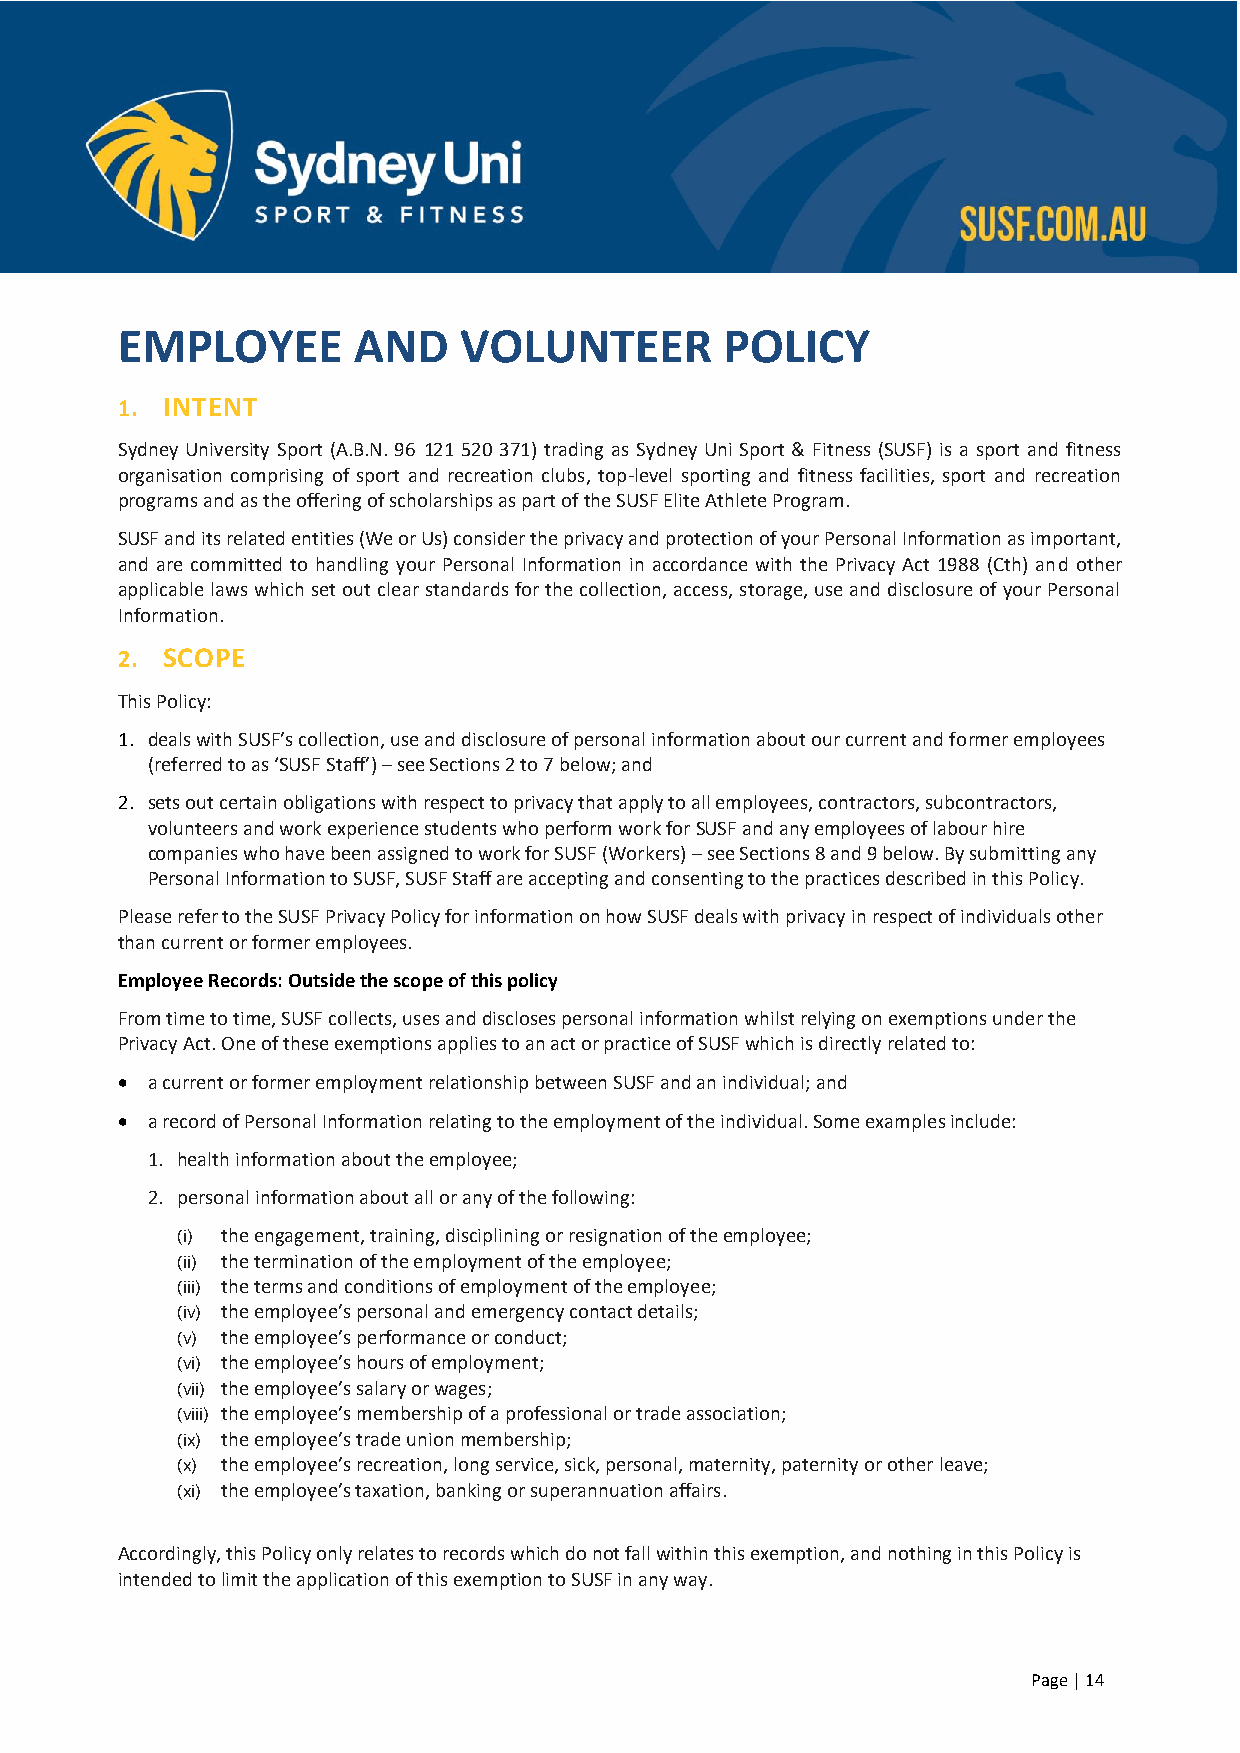
EMPLOYEE       AND    VOLUNTEER         POLICY
 1. INTENT
 Sydney University Sport (A.B.N. 96 121 520 371) trading as Sydney Uni Sport & Fitness (SUSF) is a sport and fitness
 organisation comprising of sport and recreation clubs, top-level sporting and fitness facilities, sport and recreation
 programs and as the offering of scholarships as part of the SUSF Elite Athlete Program.
 SUSF and its related entities (We or Us) consider the privacy and protection of your Personal Information as important,
 and are committed to handling your Personal Information in accordance with the Privacy Act 1988 (Cth) and other
 applicable laws which set out clear standards for the collection, access, storage, use and disclosure of your Personal
 Information.
 2. SCOPE
 This Policy:
 1. deals with SUSF’s collection, use and disclosure of personal information about our current and former employees
 (referred to as ‘SUSF Staff’) – see Sections 2 to 7 below; and
 2. sets out certain obligations with respect to privacy that apply to all employees, contractors, subcontractors,
 volunteers and work experience students who perform work for SUSF and any employees of labour hire
 companies who have been assigned to work for SUSF (Workers) – see Sections 8 and 9 below. By submitting any
 Personal Information to SUSF, SUSF Staff are accepting and consenting to the practices described in this Policy.
 Please refer to the SUSF Privacy Policy for information on how SUSF deals with privacy in respect of individuals other
 than current or former employees.
 Employee Records: Outside the scope of this policy
 From time to time, SUSF collects, uses and discloses personal information whilst relying on exemptions under the
 Privacy Act. One of these exemptions applies to an act or practice of SUSF which is directly related to:
 • a current or former employment relationship between SUSF and an individual; and
 • a record of Personal Information relating to the employment of the individual. Some examples include:
 1. health information about the employee;
 2. personal information about all or any of the following:
 (i) the engagement, training, disciplining or resignation of the employee;
 (ii) the termination of the employment of the employee;
 (iii) the terms and conditions of employment of the employee;
 (iv) the employee’s personal and emergency contact details;
 (v) the employee’s performance or conduct;
 (vi) the employee’s hours of employment;
 (vii) the employee’s salary or wages;
 (viii) the employee’s membership of a professional or trade association;
 (ix) the employee’s trade union membership;
 (x) the employee’s recreation, long service, sick, personal, maternity, paternity or other leave;
 (xi) the employee’s taxation, banking or superannuation affairs.
 Accordingly, this Policy only relates to records which do not fall within this exemption, and nothing in this Policy is
 intended to limit the application of this exemption to SUSF in any way.
 Page | 14